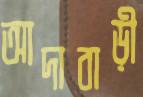
আদাবাড়ী